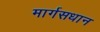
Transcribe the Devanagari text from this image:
मार्गसधान